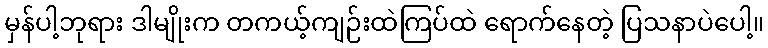
မှန်ပါ့ဘုရား ဒါမျိုးက တကယ့်ကျဉ်းထဲကြပ်ထဲ ရောက်နေတဲ့ ပြသနာပဲပေါ့။